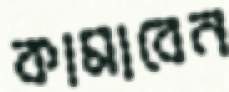
কামাবেন